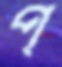
প্